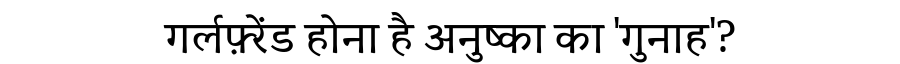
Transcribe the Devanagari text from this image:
गर्लफ़्रेंड होना है अनुष्का का 'गुनाह'?